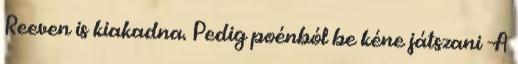
Reeven is kiakadna. Pedig poénból be kéne játszani -A